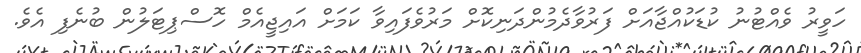
ހަވީރު ވެއްޓުނު ކުޑަކުއްޖާއަށް ފަރުވާދެމުންދަނިކޮށް މަރުވެފައިވާ ކަމަށް އައިޖީއެމް ހޮސްޕިޓަލުން ބުނެފި އެވެ.